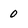
Character: 0